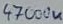
Text: 47000u